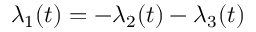
\lambda _ { 1 } ( t ) = - \lambda _ { 2 } ( t ) - \lambda _ { 3 } ( t )